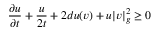
{ \frac { \partial u } { \partial t } } + { \frac { u } { 2 t } } + 2 d u ( v ) + u | v | _ { g } ^ { 2 } \geq 0